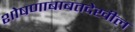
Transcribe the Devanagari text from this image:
शोषणाबाबतदेखील